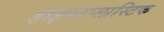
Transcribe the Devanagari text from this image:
हाइपरप्लास्टिक